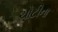
ચોટીના